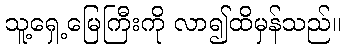
သူ့ရှေ့မြေကြီးကို လာ၍ထိမှန်သည်။